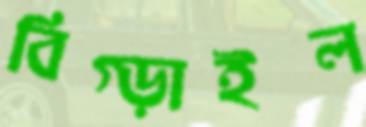
বিগ্‌ড়াইল